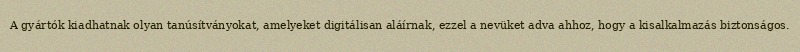
A gyártók kiadhatnak olyan tanúsítványokat, amelyeket digitálisan aláírnak, ezzel a nevüket adva ahhoz, hogy a kisalkalmazás biztonságos.